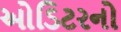
ઓડિટરનો